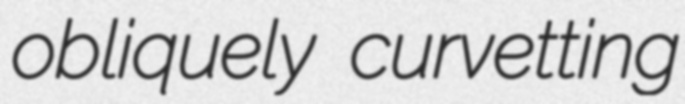
obliquely curvetting